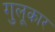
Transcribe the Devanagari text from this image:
गुलूकार